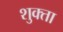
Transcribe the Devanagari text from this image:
शुक्ता